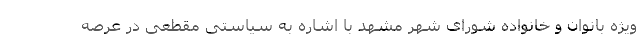
ویژه بانوان و خانواده شورای شهر مشهد با اشاره به سیاستی مقطعی در عرصه